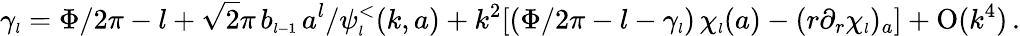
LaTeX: \gamma_{\scriptscriptstyle{l}}=\Phi/2\pi-l+\sqrt 2\pi\, b_{\scriptscriptstyle{l-1}}\, a^{l}/\psi_{\scriptscriptstyle{l}}^{<}(k,a)+k^{2}[(\Phi/2\pi-l-\gamma_{\scriptscriptstyle{l}})\, \chi_{\scriptscriptstyle{l}}(a)-(r\partial_{r}\chi_{\scriptscriptstyle{l}})_{a}]+\mathrm{O}(k^{4})\, .